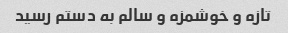
تازه و خوشمزه و سالم به دستم رسید